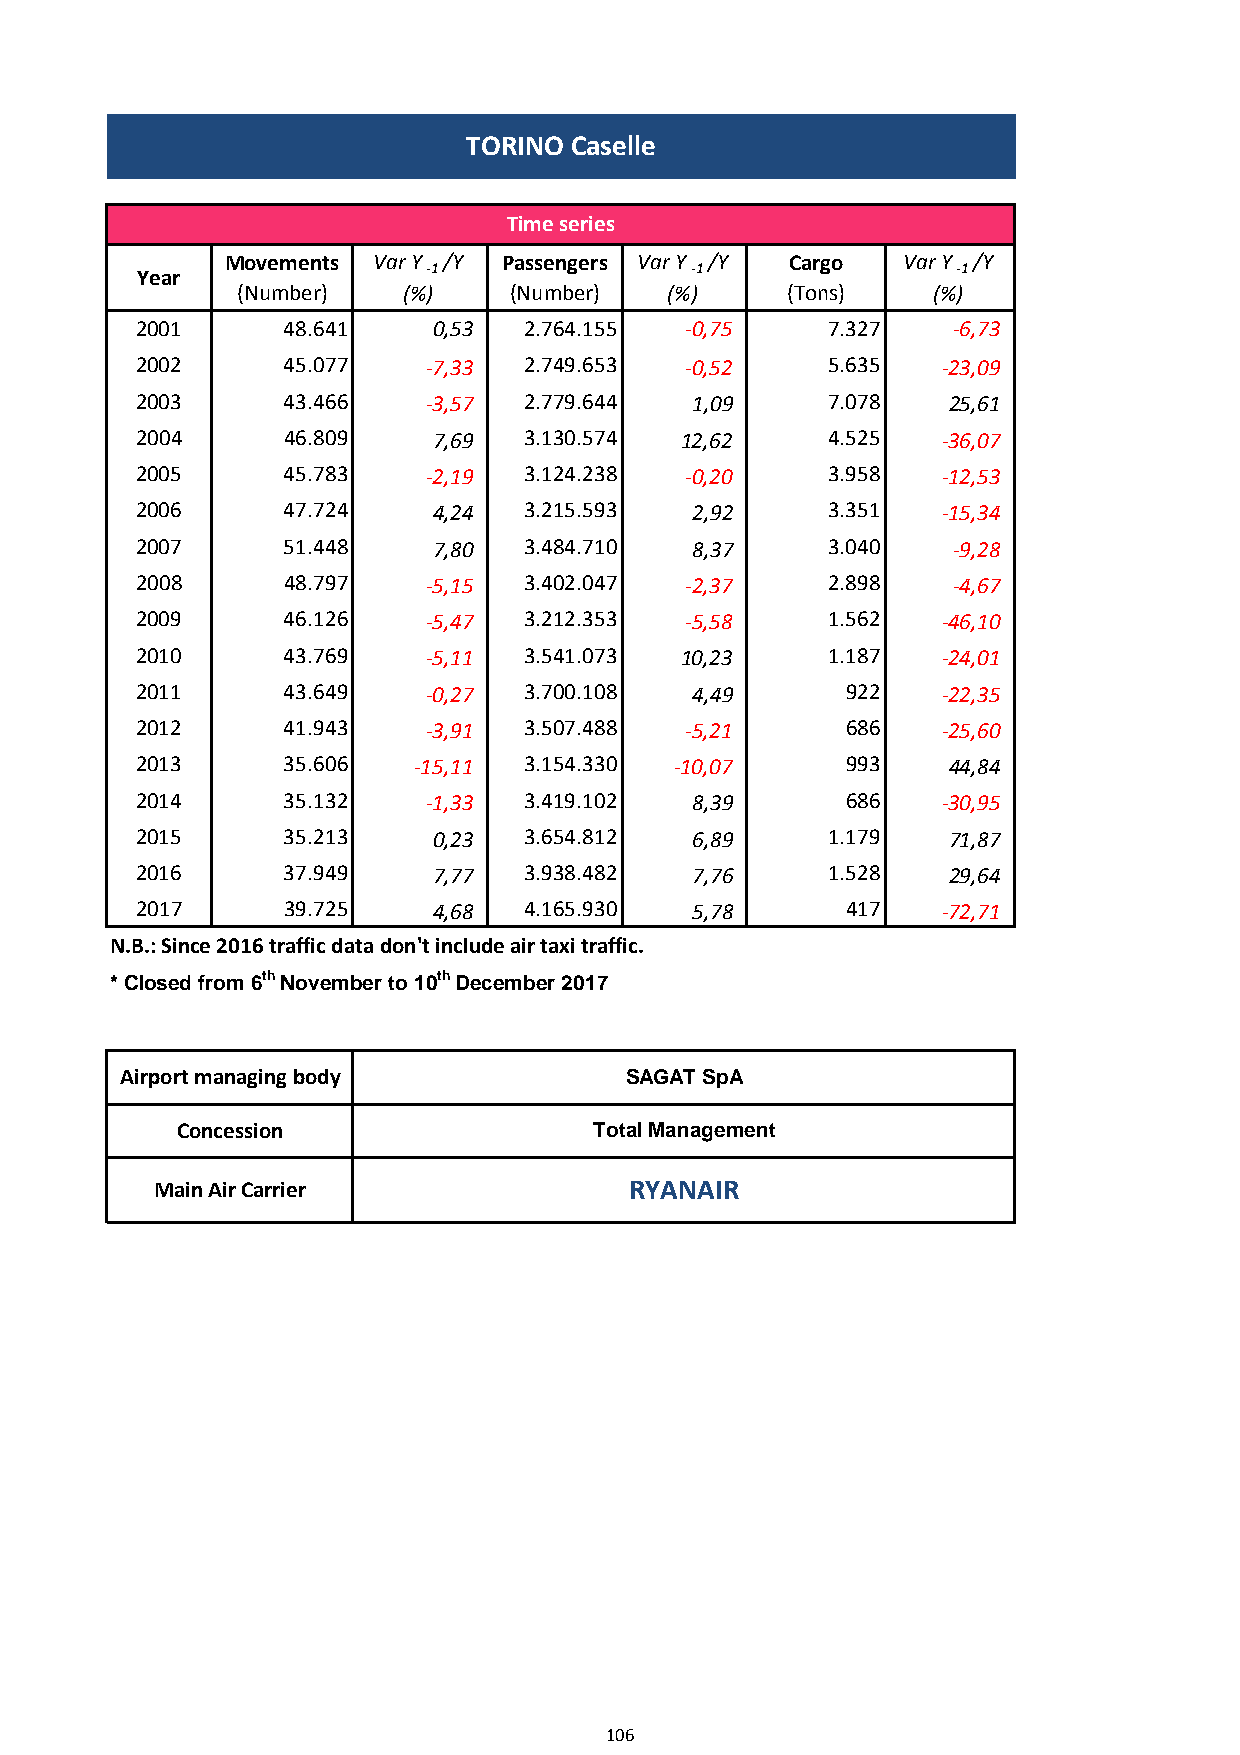
TORINO Caselle
 Time series
 Movements Var Y /Y Passengers Var Y /Y Cargo Var Y /Y
 Year               -1                -1               -1
 (Number)   (%)    (Number)  (%)     (Tons)    (%)
 2001      48.641    0,53  2.764.155 -0,75     7.327   -6,73
 2002      45.077   -7,33  2.749.653 -0,52     5.635  -23,09
 2003      43.466   -3,57  2.779.644  1,09     7.078   25,61
 2004      46.809    7,69  3.130.574 12,62     4.525  -36,07
 2005      45.783   -2,19  3.124.238 -0,20     3.958  -12,53
 2006      47.724    4,24  3.215.593  2,92     3.351  -15,34
 2007      51.448    7,80  3.484.710  8,37     3.040   -9,28
 2008      48.797   -5,15  3.402.047 -2,37     2.898   -4,67
 2009      46.126   -5,47  3.212.353 -5,58     1.562  -46,10
 2010      43.769   -5,11  3.541.073 10,23     1.187  -24,01
 2011      43.649   -0,27  3.700.108  4,49      922   -22,35
 2012      41.943   -3,91  3.507.488 -5,21      686   -25,60
 2013      35.606  -15,11  3.154.330 -10,07     993    44,84
 2014      35.132   -1,33  3.419.102  8,39      686   -30,95
 2015      35.213    0,23  3.654.812  6,89     1.179   71,87
 2016      37.949    7,77  3.938.482  7,76     1.528   29,64
 2017      39.725    4,68  4.165.930  5,78      417   -72,71
 N.B.: Since 2016 traffic data don't include air taxi traffic.
 * Closed from 6th November to 10th December 2017
 Airport managing body            SAGAT SpA
 Concession                 Total Management
 Main Air Carrier                RYANAIR
 106